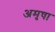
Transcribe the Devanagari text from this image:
अमृषा